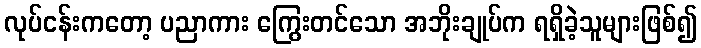
လုပ်ငန်းကတော့ ပညာကား ကြွေးတင်သော အဘိုးချုပ်က ရရှိခဲ့သူများဖြစ်၍